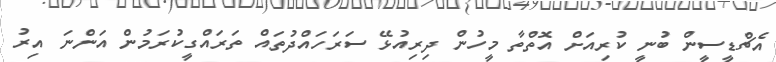
އެޗްޑީސީން ބުނީ ކުރިއަށް އޮތްތާ މީހުން ދިރިއުޅޭ ސަރަހައްދުތައް ތަރައްގީކުރަމުން އަންނަ އިރު